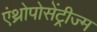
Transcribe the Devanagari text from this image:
एंथ्रोपोसेंट्रीज्म